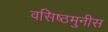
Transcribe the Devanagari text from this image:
वसिष्ठमुनीस